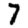
Digit: 7